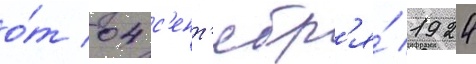
о́т 04 с'ент'ябр'я́ 1924